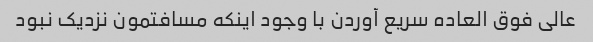
عالی فوق العاده سریع آوردن با وجود اینکه مسافتمون نزدیک نبود